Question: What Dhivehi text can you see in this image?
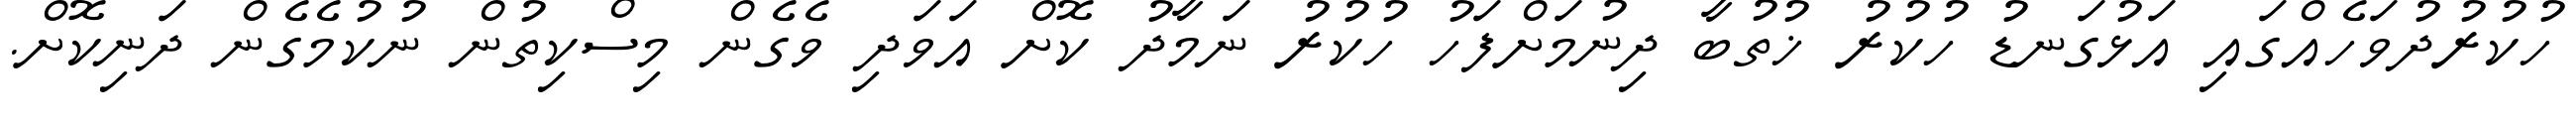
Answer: ހުކުރުދުވަހެއްގައި އަޅުގަނޑު ހުކުރު ޚުތުބާ ދިނުމަށްފަހު ހުކުރު ނަމާދު ކޮށް އަވަދި ވެގެން މިސްކިތުން ނުކުމެގެން ދަނިކޮށް.